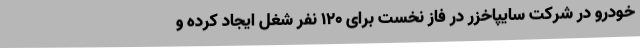
خودرو در شرکت سایپاخزر در فاز نخست برای ۱۲۰ نفر شغل ایجاد کرده و